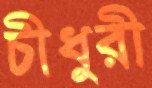
চীধুরী